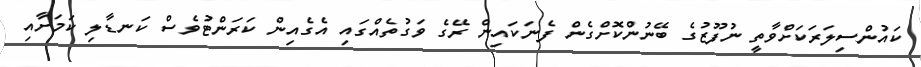
ކައުންސިލަރަކަށްވާތީ ނުފޫޒުގެ ބޭނުންކޮށްގެން ފެނަކައިން ރޭގެ ވަގުތެއްގައި އެގެއިން ކަރަންޓުވެސް ކަނޑާލި ކަމަށާއި